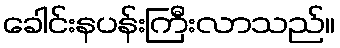
ခေါင်းနပန်းကြီးလာသည်။